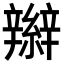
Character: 辮